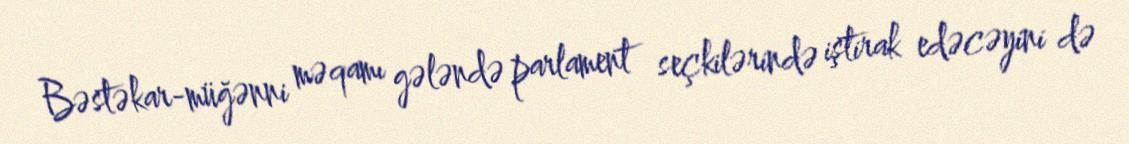
Bəstəkar-müğənni məqamı gələndə parlament seçkilərində iştirak edəcəyini də